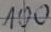
Text: 100